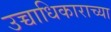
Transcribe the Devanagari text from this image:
उच्चाधिकाराच्या